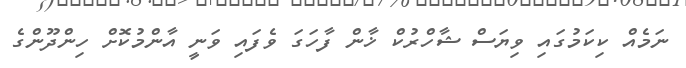
ނަމެއް ކިކަމުގައި ވިޔަސް ޝާހްރުކް ޚާން ފާހަގަ ވެފައި ވަނީ އާންމުކޮށް ހިންދޫންގެ